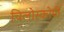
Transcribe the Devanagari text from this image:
चिलोस्कोपी